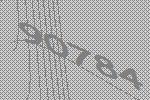
90784